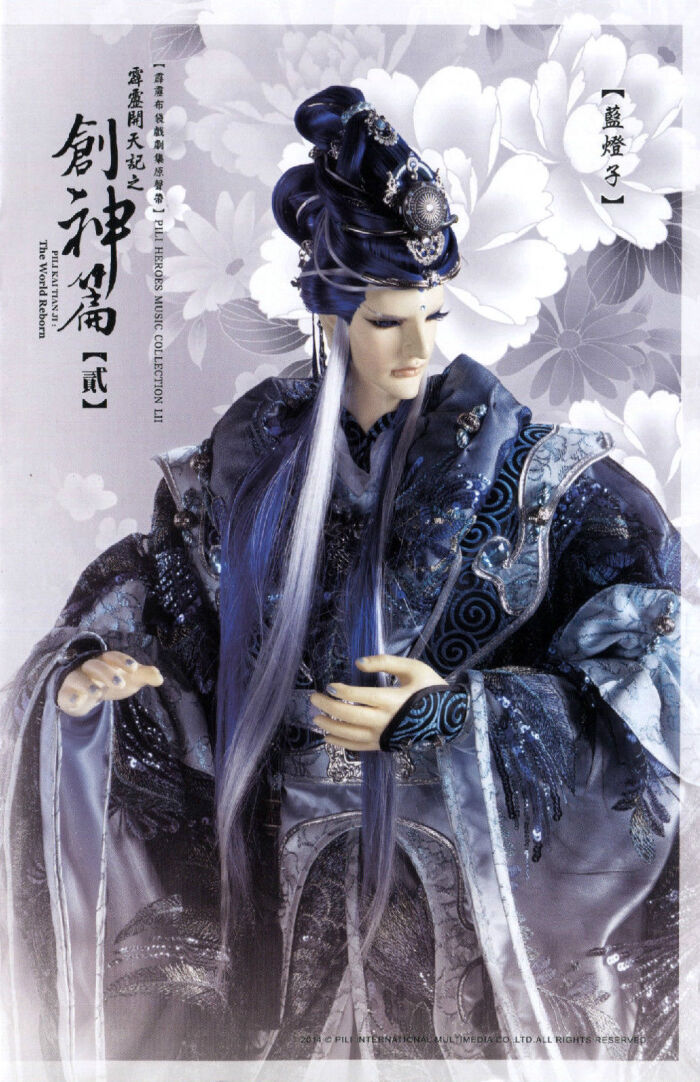
八阵图名成卧龙，六韬书功在飞熊。